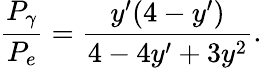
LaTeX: {\frac{P_{\gamma}}{P_{e}}}={\frac{y^{\prime}(4-y^{\prime})}{4-4y^{\prime}+3y^{2}}}.